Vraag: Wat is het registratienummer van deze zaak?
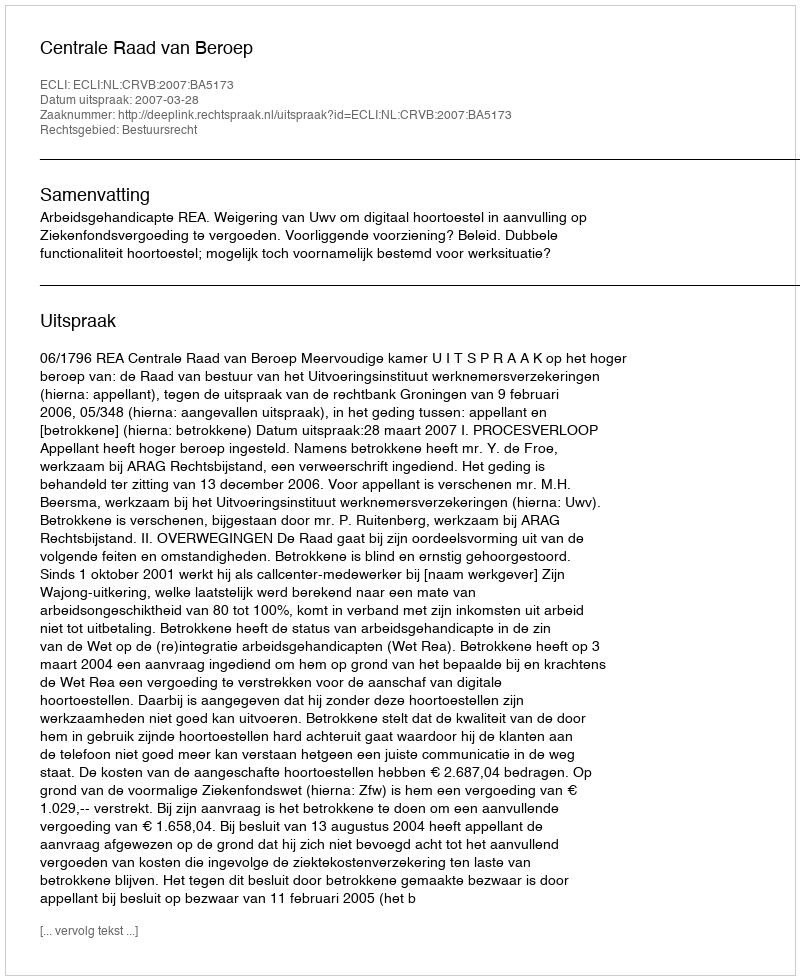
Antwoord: http://deeplink.rechtspraak.nl/uitspraak?id=ECLI:NL:CRVB:2007:BA5173